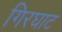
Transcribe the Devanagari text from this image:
गिरघाट